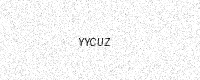
Text: YYCUZ